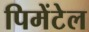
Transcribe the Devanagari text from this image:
पिमेंटेल